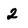
Character: 2